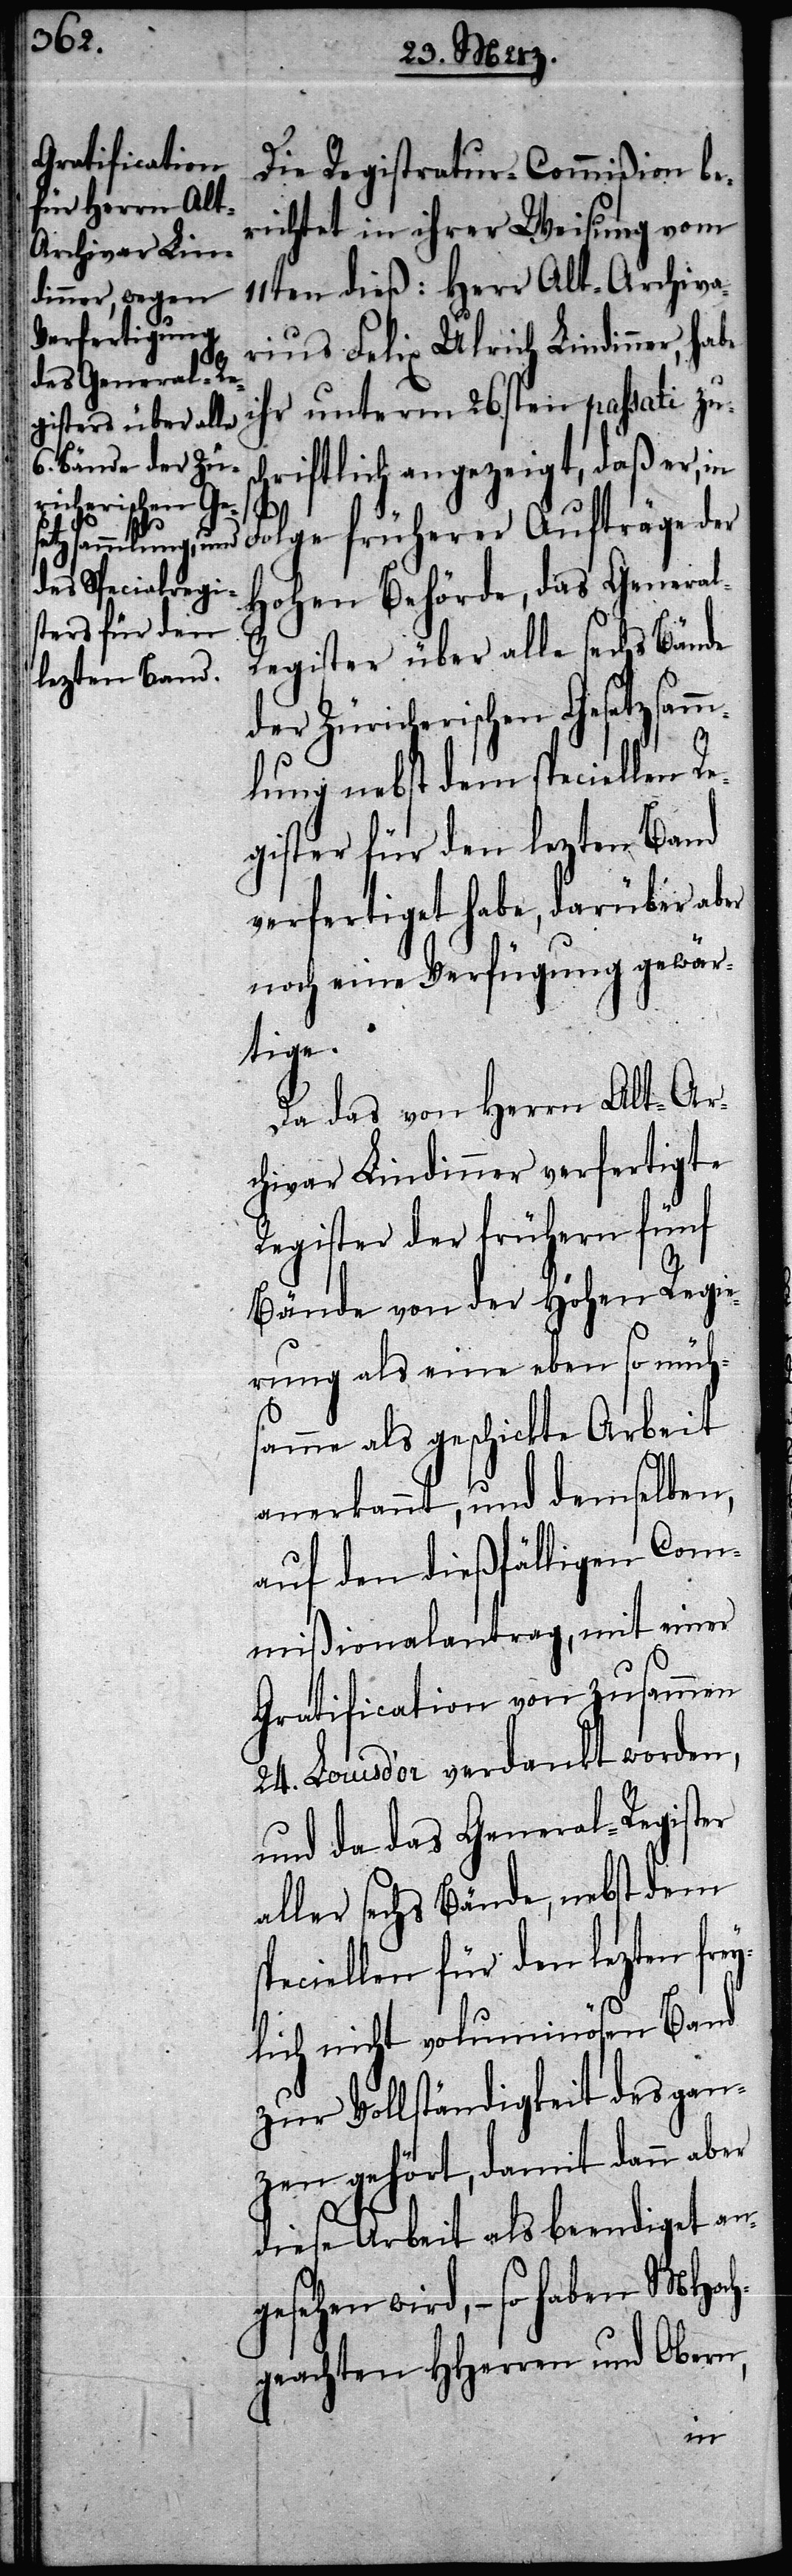
Die Registratur-Commißion be¬
richtet in ihrer Weisung vom
11ten dieß: Herr Alt-Archiva¬
rius Felix Ulrich Lindinner, ha¬
ihr unterm 26sten passati zus¬
chriftlich angezeigt, daß er, in
l-R¬
Folge früherer Aufträge der
Hohen Behörde, das Genera¬
egister über alle sechs Bände
der Züricherischen Gesetzsamm¬
lung nebst dem speciellen Re¬
gister für den lezten Band
verfertiget habe, darüber aber
noch eine Verfügung gewär¬
tige.
Da das von Herrn Alt-Ar¬
chivar Lindinner verfertigte
Register der frühern fünf
Bände von der Hohen Regie¬
rung als eine eben so müh¬
samme als geschickte Arbeit
anerkannt, und demselben,
auf den dießfälligen Com¬
mißionalantrag, mit einer
Gratification von zusammen
24. Louisd’or verdankt worden,
und da das General-Register
aller sechs Bände, nebst dem
speciellen für den lezten fre¬
ylich nicht voluminösen Band
zur Vollständigkeit des gan¬
zen gehört, damit dann aber
diese Arbeit als beendiget an¬
gesehen wird, – so haben MHoch¬
geachten HHerren und Obern,